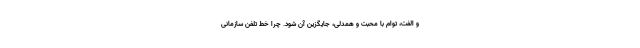
و الفت، توام با محبت و همدلی، جایگزین آن شود. چرا خط تلفن سازمانی